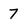
Character: 7